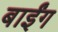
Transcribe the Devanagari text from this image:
बाईंग